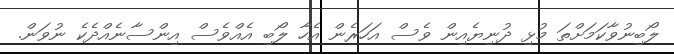
ލޯބިނުވާކަމަށްތަ މުޅި ދުނިޔެއިން ވެސް އަހަރެން އެހާ ލޯބި އެއްވެސް އިންސާނެއްދެކެ ނުވަން.